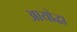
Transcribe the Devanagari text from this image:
आयोद्धा